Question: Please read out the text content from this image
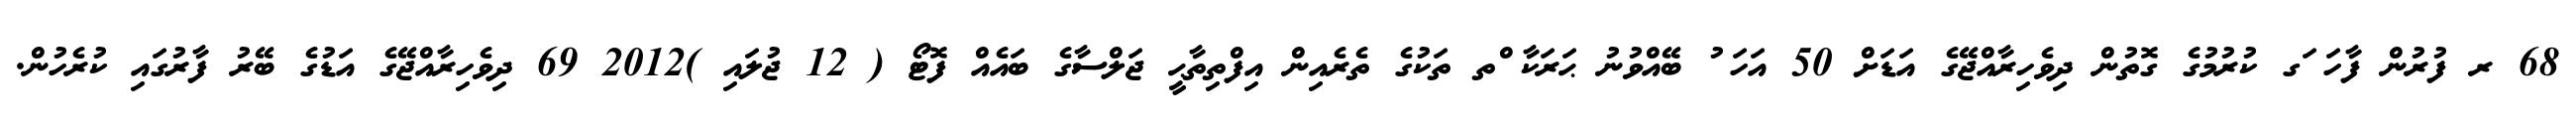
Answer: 68 ރ ފުރުން ފާހަ ަގ ކުރުމުގެ ގޮތުން ދިވެހިރާއްޖޭގެ އަޑަށް 50 އަހަ ު ބޭއްވުނު ޙަރަކާ ްތ ތަކުގެ ތެރެއިން އިފްތިތާޙީ ޖަލްސާގެ ބައެއް ފޮޓޯ ( 12 ޖުލައި )2012 69 ދިވެހިރާއްޖޭގެ އަޑުގެ ބޭރު ފާރުގައި ކުރެހުން.